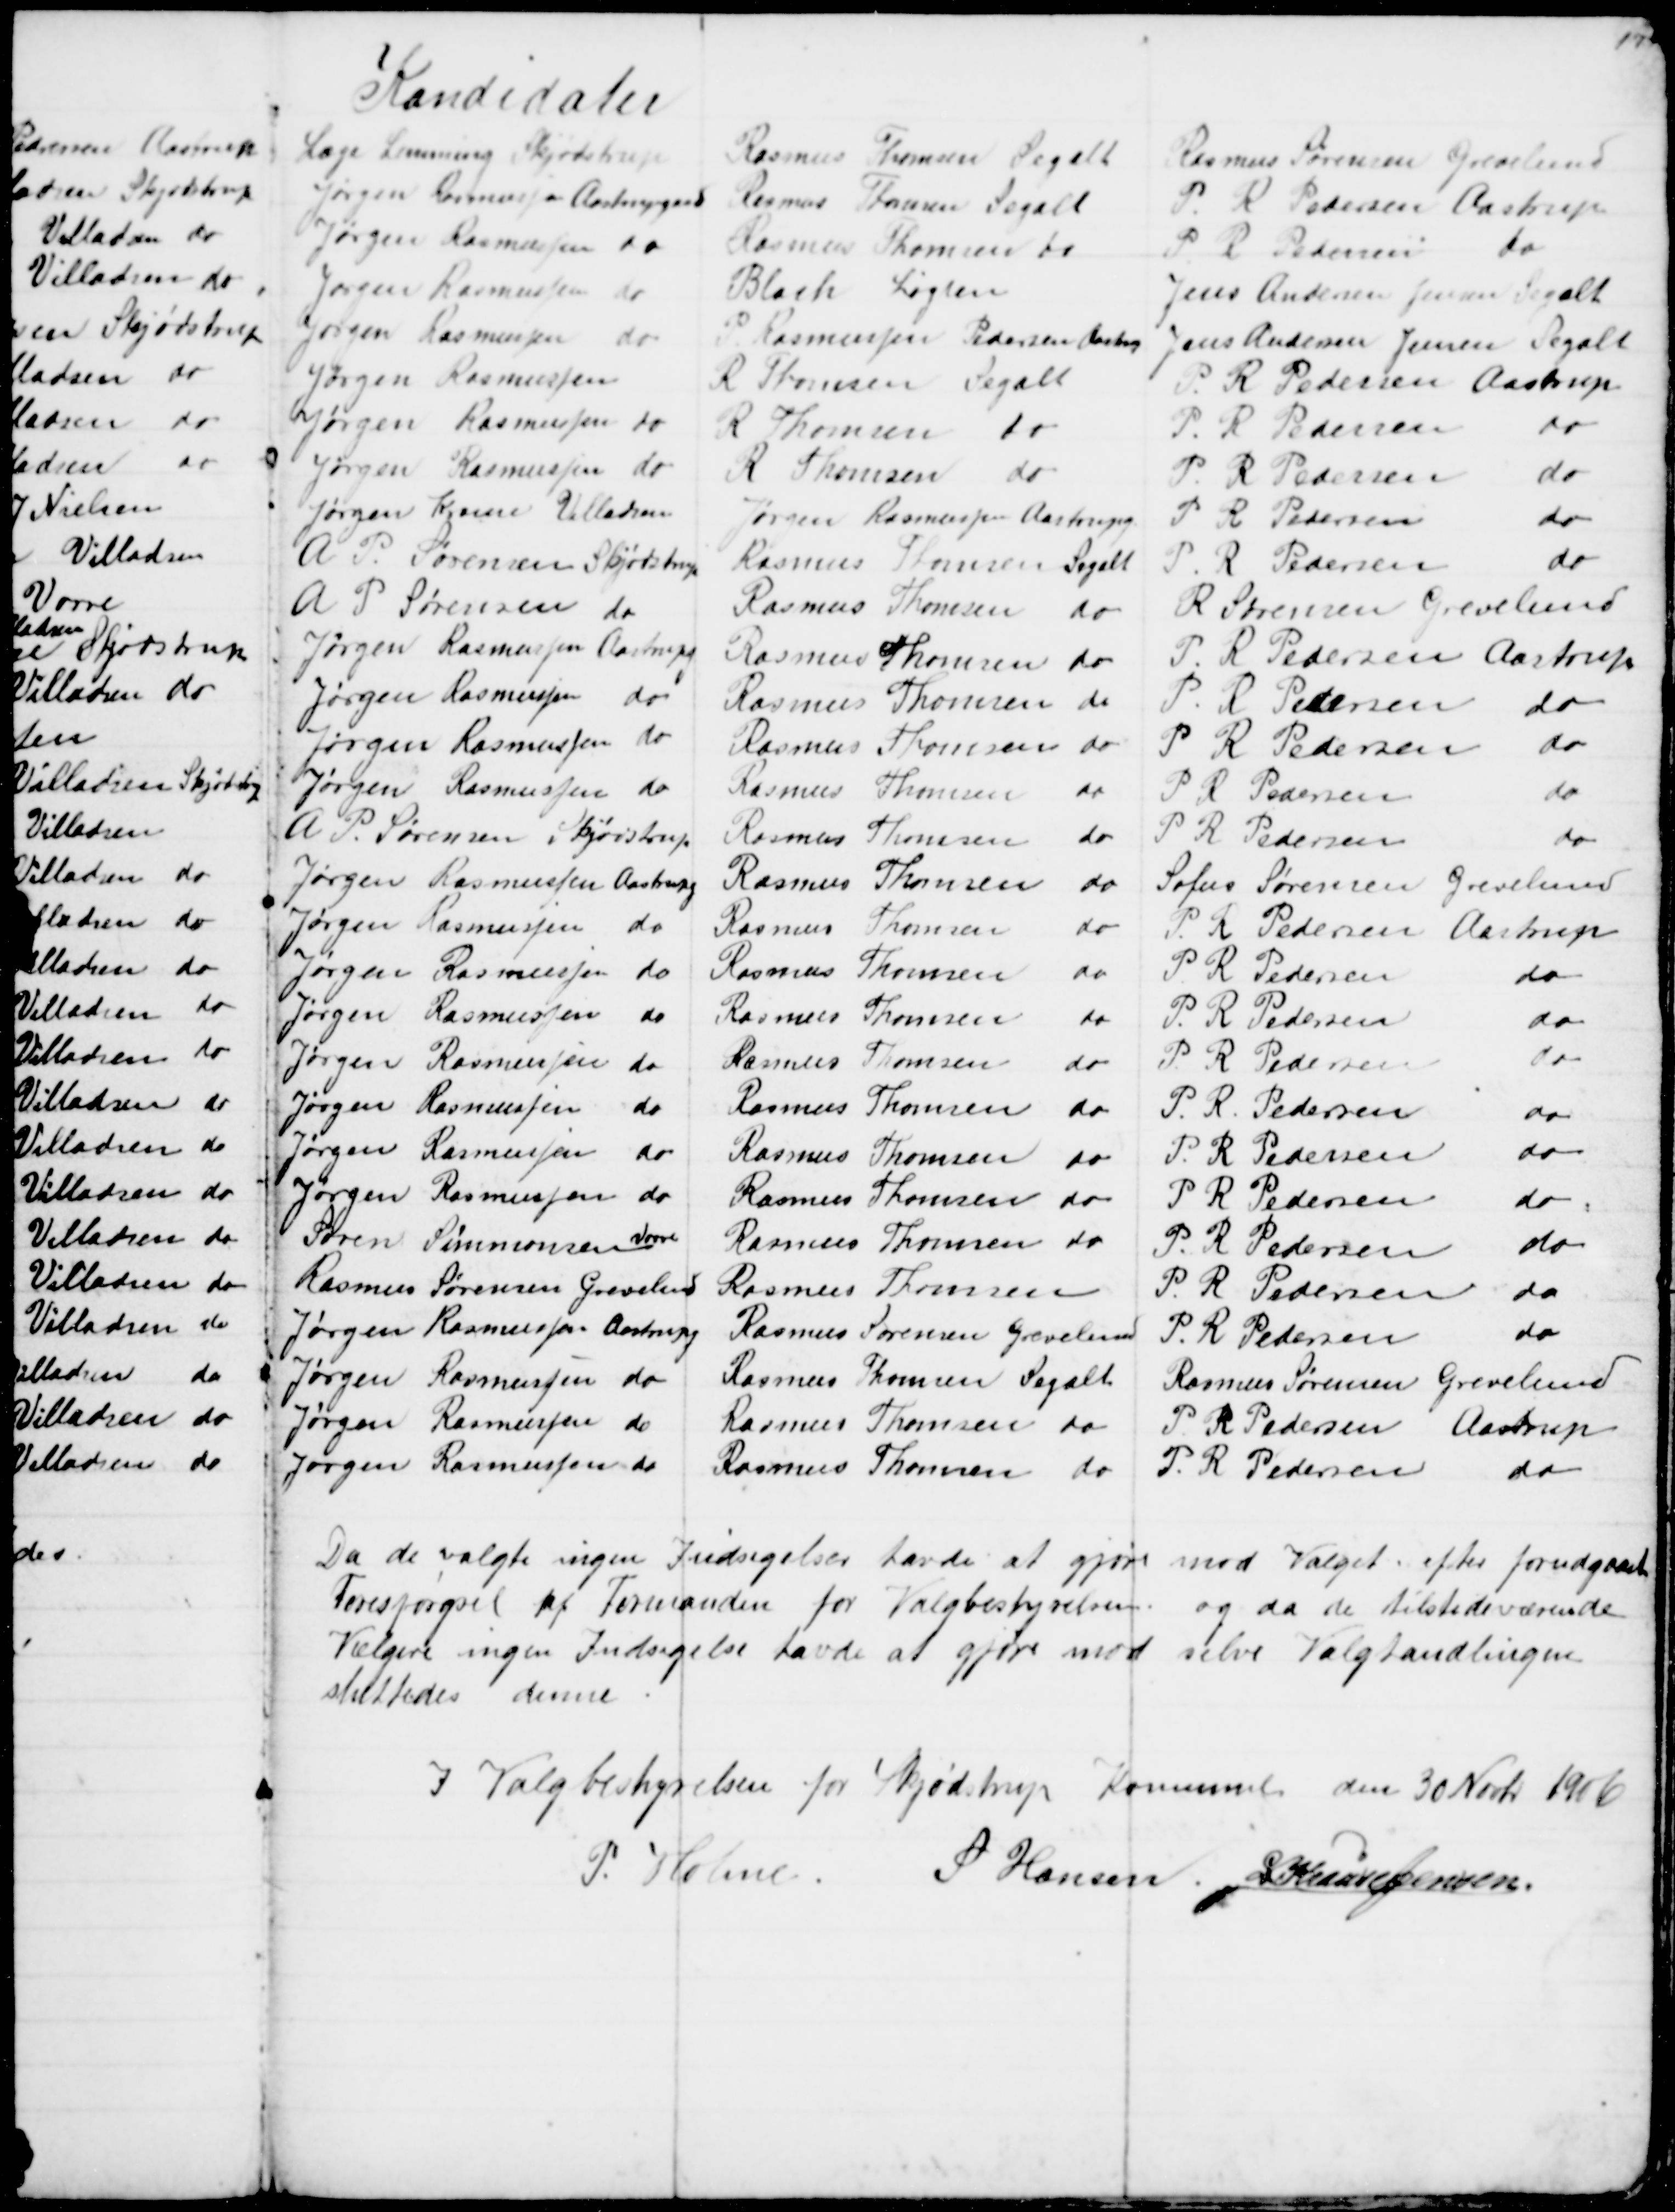
Transskription:
Kandidater
Læge Lemming Skjødstrup
Rasmus Thomsen Segalt
Rasmus Sørensen Grevelund
Jørgen Rasmussen Aastrupgaard
Rasmus Thomsen Segalt
P. R. Pedersen Aastrup
Jørgen Rasmussen do
Rasmus Thomsen de
P. R. Pedersen do
Jørgen Rasmussen do
Blach Løgten
Jens Andersen Jensen Segalt
Jørgen Rasmussen do
P. Rasmussen Pedersen Aastrup
Jens Andersen Jensen Segalt
Jørgen Rasmussen
R Thomsen Segalt
P R Pedersen, Aastrup
Jørgen Rasmussen do
R Thomsen do
P. R Pedersen 
do
Jørgen Rasmussen do
R Thomsen do
P. R Pedersen
do
Jørgen Krause Villadsen
Jørgen Rasmussen Aastrupg
P. R Pedersen
do
A. P. Sørensen Skjødstrup
Rasmus Thomsen Segalt
P. R. Pedersen
do
A. P. Sørensen do
Rasmus Thomsen do
R Sørensen Grevelund
Jørgen Rasmussen Aastrupg
Rasmus Thomsen do
P R Pedersen Aastrup
Jørgen Rasmussen do
Rasmus Thomsen do
P. P. Pedersen do
Jørgen Rasmussen do
Rasmus Thomsens do
P R Pedersen do
Jørgen Rasmussen do
Rasmus Hansen do
P R Pedersen
do
A. P. Sørensen Skjødstrup
Rasmus Thomsen
do 
P. R. Pedersen
do
Jørgen Rasmussen Aastrupg
Rasmus Thomsen
do
Sofus Sørensen Grevelund
Jørgen Rasmussen do
Rasmus Thomsen
do
P. R Pedersen Aastrup
Jørgen Rasmussen do
Rasmus Thomsen
do
P. R Pedersen
do
Jørgen Rasmussen do
Rasmus Thomsen
do
P. R Pedersen
do
Jørgen Rasmussen do
Rasmus Thomsen
do
P. R Pedersen
do
Jørgen Rasmussen do
Rasmus Thomsen
do
P. R. Pedersen
do
Jørgen Rasmussen do
Rasmus Thomsen do
P. R Pedersen
do
Jørgen Rasmussen do
Rasmus Thomsen do
P R Pedersen
do
Søren Simmonsen Vorre
Rasmus Thomsen do
P. R. Pedersen
do
Rasmus Sørensen Grevelund
Rasmus Thomsen
P. R. Pedersen
do
Jørgen Rasmussen Aastrupg
Rasmus Sørensen Grevelund
P. R. Pedersen
do
Jørgen Rasmussen do
Rasmus Thomsen Segalt
Rasmus Sørensen Grevelund
Jørgen Rasmussen do
Rasmus Thomsen do
P. R. Pedersen Aastrup
Jørgen Rasmussen do
Rasmus Thomsen do
P. R. Pedersen
do
Da de valgte ingen Indsigelser havde at gjøre mod Valget efter forudgaaet
Forespørgsel af Formanden for Valgbestyrelsen. og da de tilstedeværende
Vælgere ingen Indsigelse havde at gjøre mod selve Valghandlingen
sluttedes denne
I Valgbestyrelsen for Skjødstrup Kommune den 30 Novbr 1906
P. Holme S Hansen S Krause Jensen